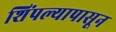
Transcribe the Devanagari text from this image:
शिंपल्यापासून